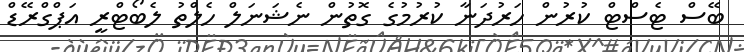
ބޭސް ޓެސްޓް ކުރުން ހަރުދަނާ ކުރުމުގެ ގޮތުން ނެޝަނަލް ހެލްތު ލެބޯޓްރީ އަޕްގްރޭޑް